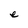
Character: e